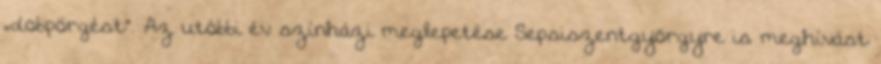
„dobpörgést”. Az utóbbi év színházi meglepetése Sepsiszentgyörgyre is meghívást